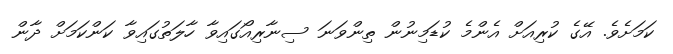
ކަމަށެވެ. އޭގެ ކުރިއަށް އެންމެ ކުޑަމިނުން ތިންވަނަ ސިނާރިއޯގައިވާ ހާލަތުގައިވާ ކަންކަމަށް ދާން